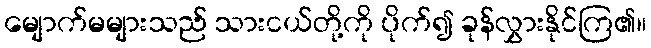
မျောက်မများသည် သားငယ်တို့ကို ပိုက်၍ ခုန်လွှားနိုင်ကြ၏။